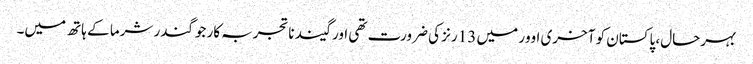
بہرحال، پاکستان کو آخری اوور میں 13 رنز کی ضرورت تھی اور گیند ناتجربہ کار جوگندر شرما کے ہاتھ میں۔